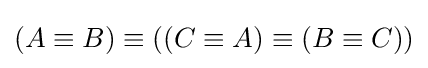
(A\equiv B)\equiv ((C\equiv A)\equiv (B\equiv C))